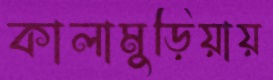
কালামুড়িয়ায়